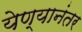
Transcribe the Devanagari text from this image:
येण्यानंतर